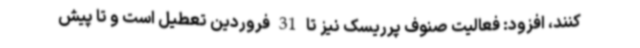
کنند، افزود: فعالیت صنوف پرریسک نیز تا 31 فروردین تعطیل است و تا پیش